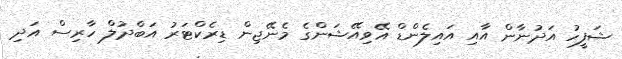
ޝަފީހު އަދުނާން އާއި އައިލެންޑް އޭވިއޭޝަންގެ މެނޭޖިން ޑިރެކްޓަރު އަބްދުލް ހާރިސް އަދި